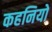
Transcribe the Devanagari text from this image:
कहनियो